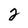
Character: 2